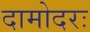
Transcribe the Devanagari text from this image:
दामोदरः